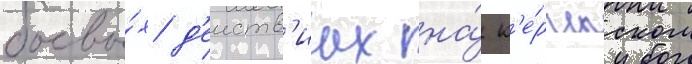
боевы́х д'еиств'иах на́ к'е́рченском